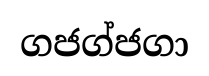
ගජග්ජගා